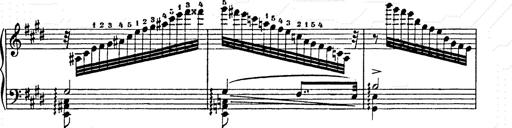
Title: Ab irato
Composer: Franz Liszt